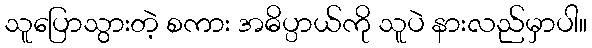
သူပြောသွားတဲ့ စကား အဓိပ္ပာယ်ကို သူပဲ နားလည်မှာပါ။